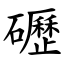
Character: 礰